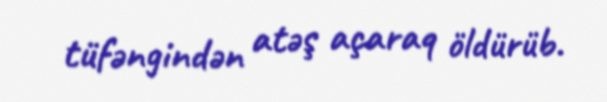
tüfəngindən atəş açaraq öldürüb.